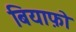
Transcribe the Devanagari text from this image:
बियाफ़ो